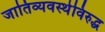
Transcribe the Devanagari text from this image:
जातिव्यवस्थेविरुद्ध